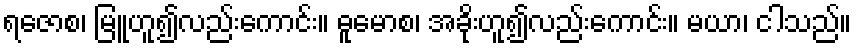
ရဇောစ၊ မြူဟူ၍လည်းကောင်း။ ဓူမောစ၊ အခိုးဟူ၍လည်းကောင်း။ မယာ၊ ငါသည်။